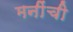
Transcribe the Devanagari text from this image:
मनींची